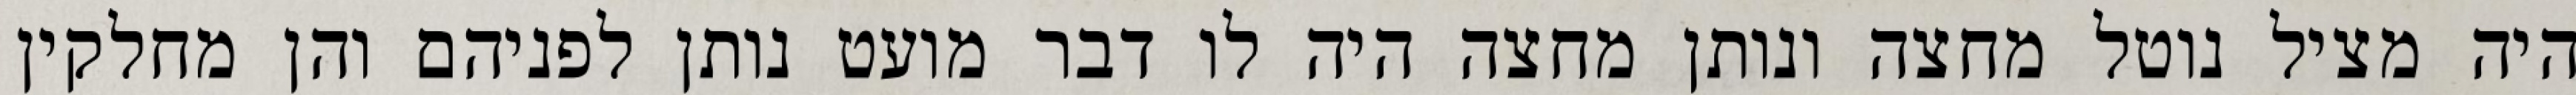
היה מציל נוטל מחצה ונותן מחצה היה לו דבר מועט נותן לפניהם והן מחלקין